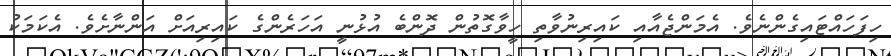
ހިފަހައްޓައިގެންނެވެ. އެމަންޖެއާއި ކައިރިނުވާތި ހީވާގޮތުން ދޮންބެ އުޅުނީ އަހަރެންގެ ކައިރިއަށް އަންނާށެވެ. އެކަމަކު